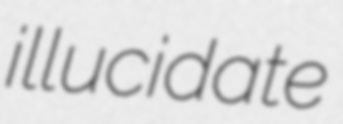
illucidate